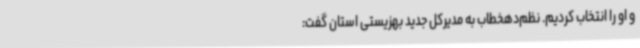
و او را انتخاب کردیم. نظم‌دهخطاب به مدیرکل جدید بهزیستی استان گفت: